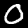
Digit: 0